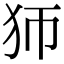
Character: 𤜳